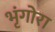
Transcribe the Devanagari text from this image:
भृंगोरा